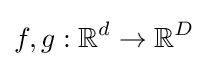
f,g:\mathbb {R} ^{d}\to \mathbb {R} ^{D}